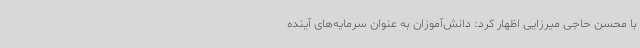
با محسن حاجی میرزایی اظهار کرد: دانش‌آموزان به عنوان سرمایه‌های آینده